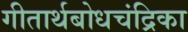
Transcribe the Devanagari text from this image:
गीतार्थबोधचंद्रिका